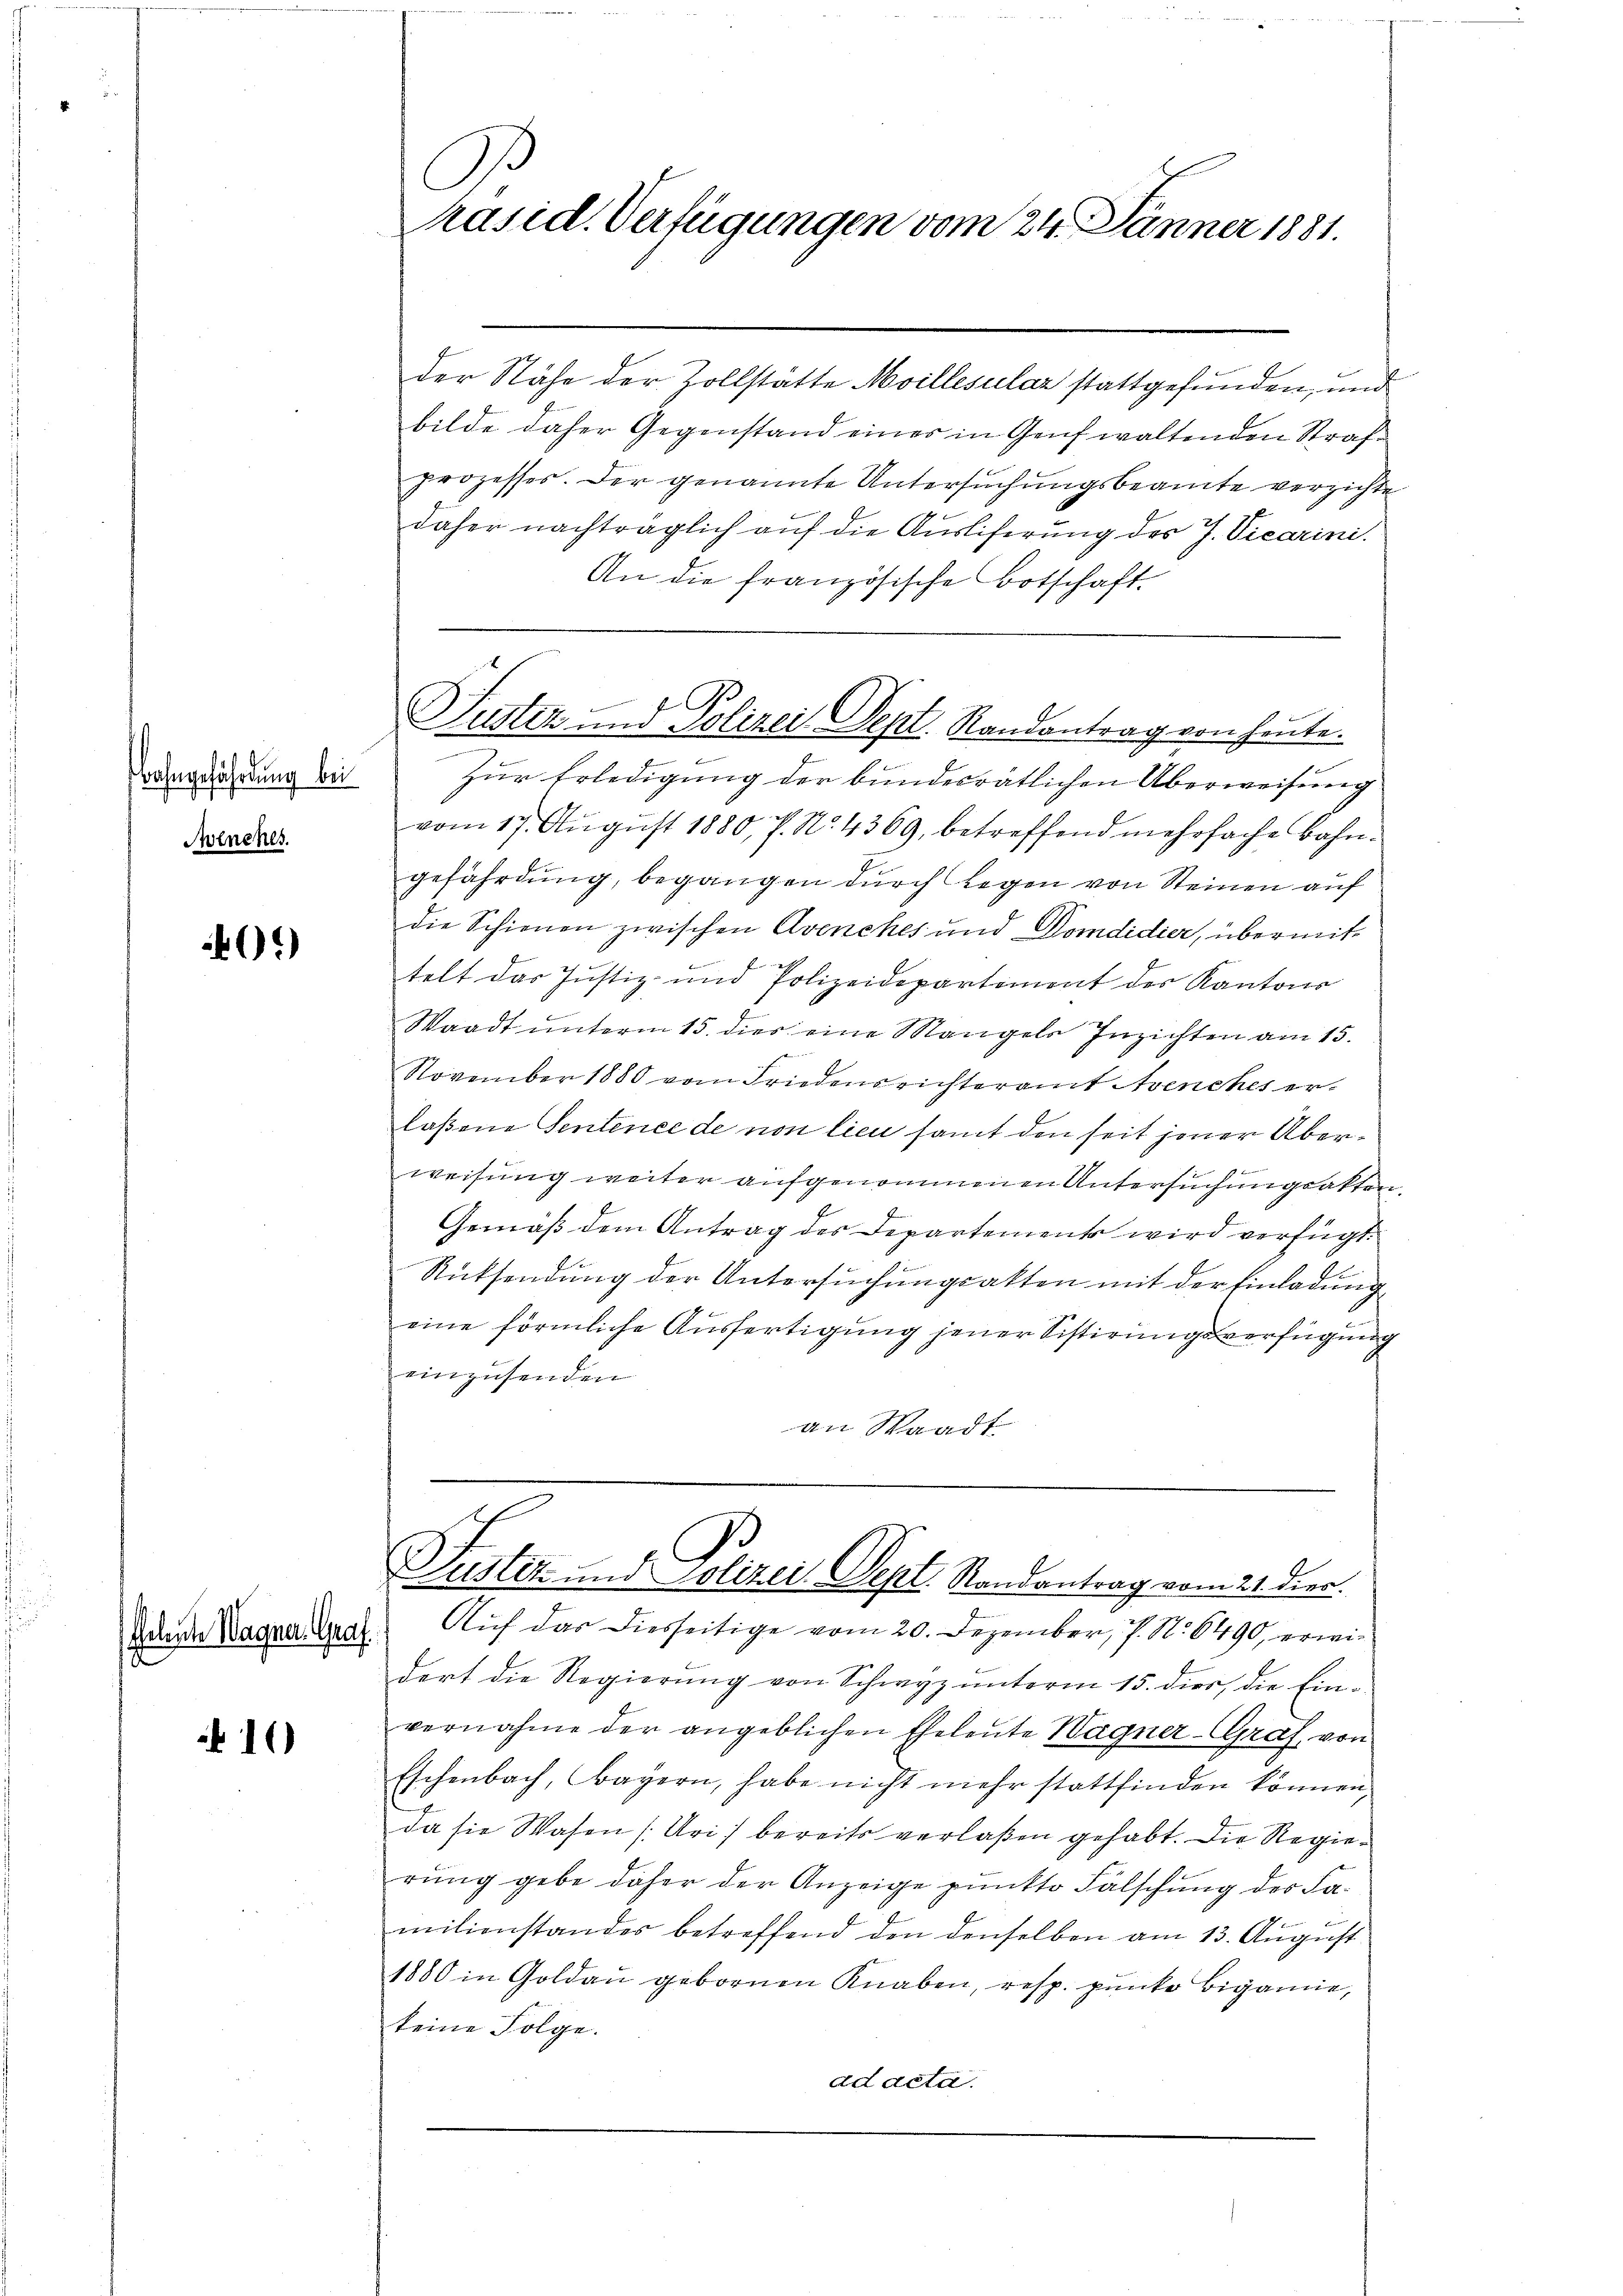
Bahngefährdung bei
Aolnches.

401)

Geleite Wagner Graf
2

10)

.
räsid. Verfügungen vom 24. Jänner 1881.

der Nähe der Zollstätte Moillesilar stattgefunden, und
bilde daher Gegenstand eines in Genf waltenden Strafprozesses. Der genannte Untersuchungsbeamte verzichte
daher nachträglich auf die Ausliferung des J. Vicarini.
An die französische Botschaft.
Zur Erledigung der bundesrätlichen Überweisung
vom 17. Aŭgŭst 1880, 7. No. 4369, betreffend mehrfache Bahn-
gefährdung, begangen durch Regen von Steinen auf
die Schienen zwischen Avenches und Domdidier, übermittelt das Justiz- und Polizeidepartement des Kantons
Waadt unterm 15. dies eine Mangels Inzichten am 15.
November 1880 vom Friedensrichteramt Avenches erlaßene Sentence de non lieu samt den seit jener Über¬
1 x
weisung weiter aufgenommenen Untersuchungsakten.
Gemäß dem Antrag des Departements wird verfügt:
Rücksendung der Untersuchungsakten mit der Einladung
eine förmliche Ausfertigung jener Sistirungsverfügung
einzusenden
an Waadt

Justiz und Polizei Sept. Randantrag von heute.

Puster und Polizei Sept. Randantrag vom 21. Dec.

Aŭf das diesseitige vom 20. Dezember, 7. No. 6490, erwie
dert die Regierung von Schwyz unterm 15. dies, die Einvernahme der angeblichen Eheleute Wagner-Graf, von
Eschenbach, Bayern, habe nicht mehr stattfinden können,
da sie Wasen (Uri) bereits verlaßen gehabt. Die Regierung gebe daher der Anzeige punkto Fälschung des Familienstandes betreffend den denselben am 13. Aŭgust
1880 in Goldau gebornen Knaben, resp. pŭnke Biganne,
keine Folge.
ad acta.